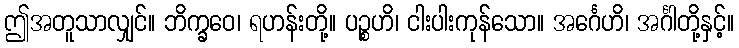
ဤအတူသာလျှင်။ ဘိက္ခဝေ၊ ရဟန်းတို့။ ပဉ္စဟိ၊ ငါးပါးကုန်သော။ အင်္ဂေဟိ၊ အင်္ဂါတို့နှင့်။